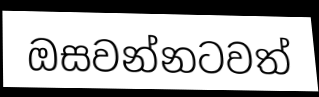
ඔසවන්නටවත්